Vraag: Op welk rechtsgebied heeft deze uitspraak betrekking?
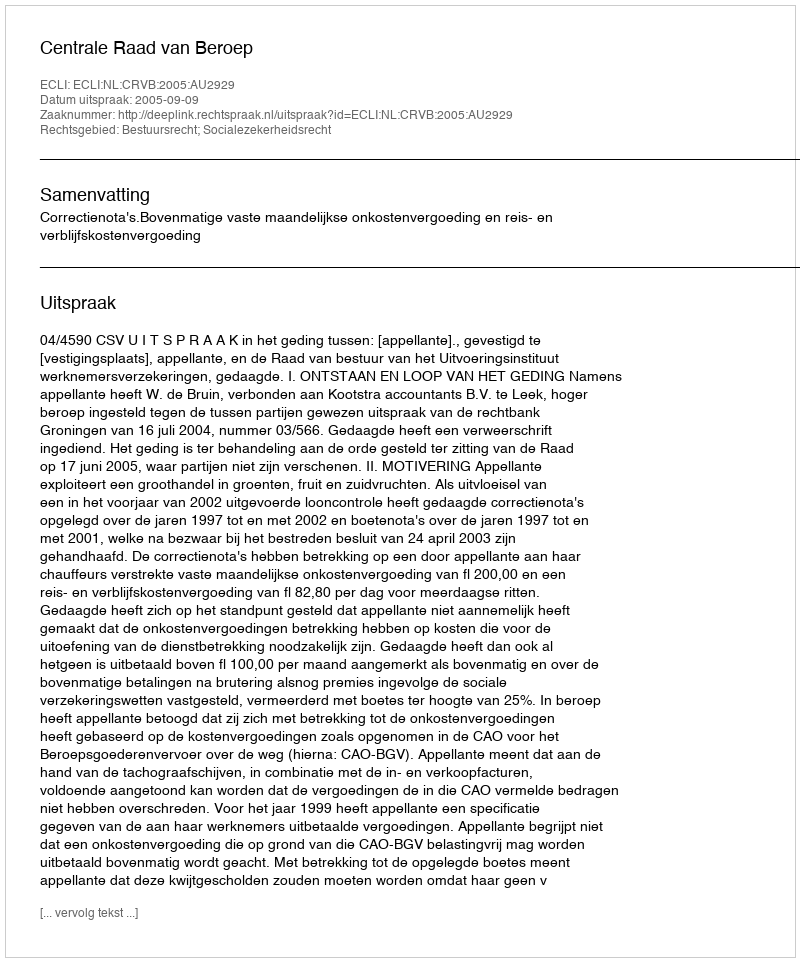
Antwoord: Bestuursrecht; Socialezekerheidsrecht